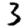
Digit: 3